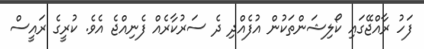
ފަހު ރާއްޖޭގައި ކޯލިޝަންތަކުން އުފެއްދި ދެ ސަރުކާރެއް ފެނިއްޖެ އެވެ. ކުރީގެ ރައީސް